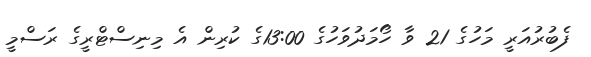
ފެބުރުއަރީ މަހުގެ 21 ވާ ހޯމަދުވަހުގެ 13:00ގެ ކުރިން އެ މިނިސްޓްރީގެ ރަސްމީ